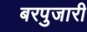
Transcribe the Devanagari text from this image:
बरपुजारी